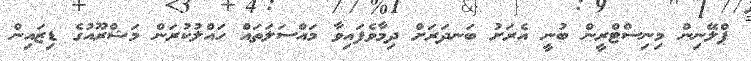
ޕްލޭނިން މިނިސްޓްރީން ބުނީ އެރަށު ބަނދަރަށް ދިމާވެފައިވާ މައްސަލަތައް ހައްލުކުރަން މަޝްރޫއުގެ ޑިޒައިން